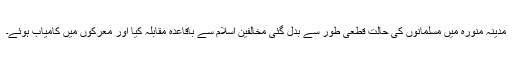
مدینہ منورہ میں مسلمانوں کی حالت قطعی طور سے بدل گئی مخالفین اسلام سے باقاعدہ مقابلہ کیا اور معرکوں میں کامیاب ہوئے۔